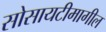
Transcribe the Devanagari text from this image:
सोसायटीमागील